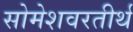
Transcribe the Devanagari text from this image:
सोमेशवरतीर्थ